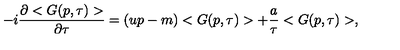
- i \frac { \partial < G ( p , \tau ) > } { \partial \tau } = ( u p - m ) < G ( p , \tau ) > + \frac { a } { \tau } < G ( p , \tau ) > ,